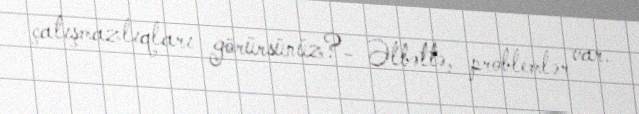
çatışmazlıqları görürsünüz?- Əlbəttə, problemlər var.